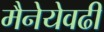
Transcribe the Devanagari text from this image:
मैनेयेवढी